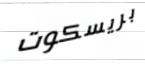
بريسكوت